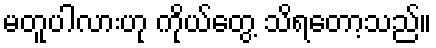
မတူပါလားဟု ကိုယ်တွေ့ သိရတော့သည်။